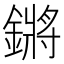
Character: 鏘